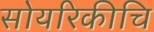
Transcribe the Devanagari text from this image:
सोयरिकीचि